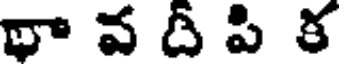
థా వ దీ పి క